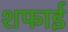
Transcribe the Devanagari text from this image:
शफाई